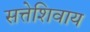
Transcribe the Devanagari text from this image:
सत्तेशिवाय